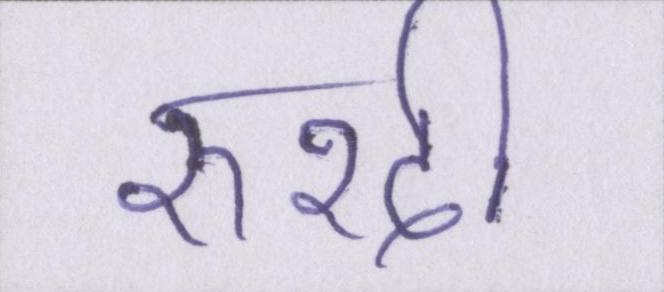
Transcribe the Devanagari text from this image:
रुश्दी